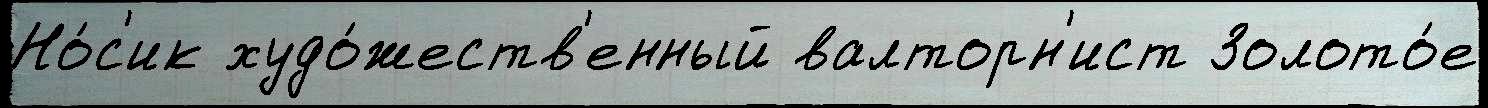
Но́с'ик худо́жеств'енный валторн'ист Золото́е